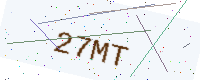
Text: 27MT